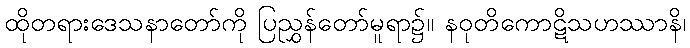
ထိုတရားဒေသနာတော်ကို ပြညွှန်တော်မူရာ၌။ နဝုတိကောဋိသဟဿာနိ၊